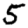
Digit: 5